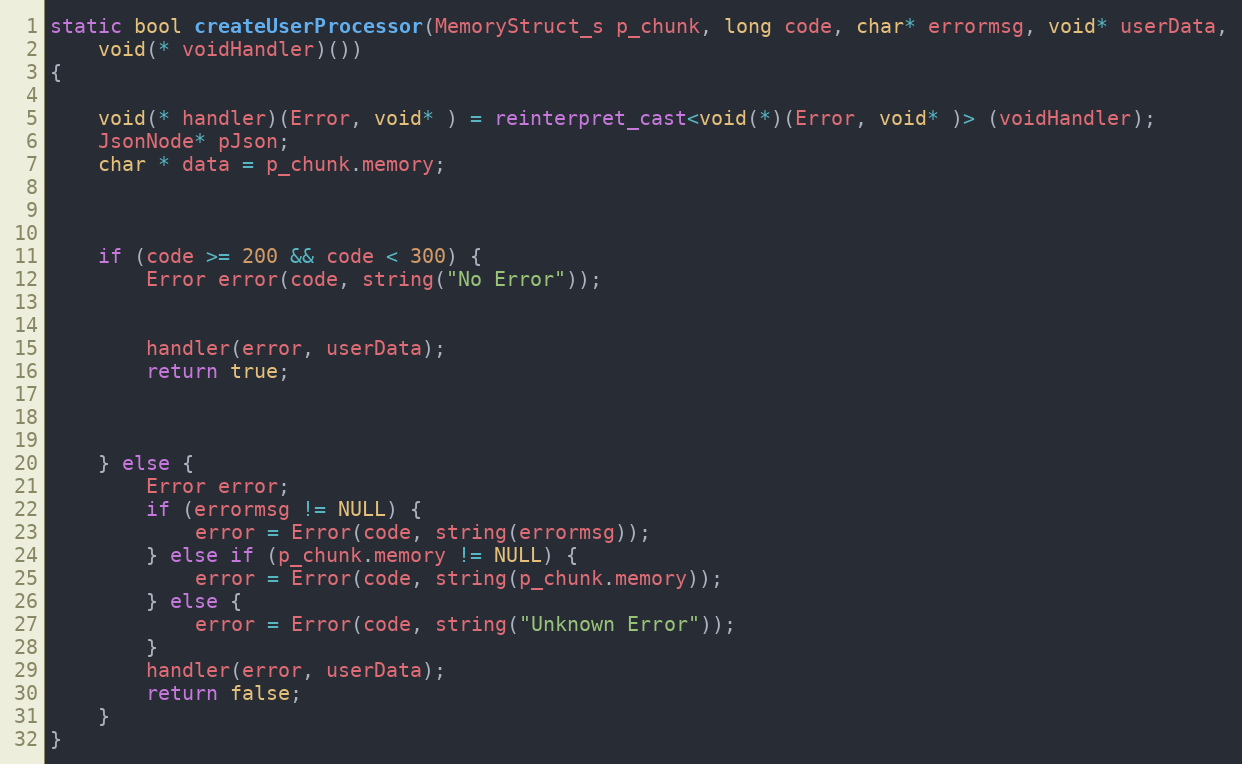
Language: C++
static bool createUserProcessor(MemoryStruct_s p_chunk, long code, char* errormsg, void* userData,
	void(* voidHandler)())
{

	void(* handler)(Error, void* ) = reinterpret_cast<void(*)(Error, void* )> (voidHandler);
	JsonNode* pJson;
	char * data = p_chunk.memory;

	if (code >= 200 && code < 300) {
		Error error(code, string("No Error"));

		handler(error, userData);
		return true;

	} else {
		Error error;
		if (errormsg != NULL) {
			error = Error(code, string(errormsg));
		} else if (p_chunk.memory != NULL) {
			error = Error(code, string(p_chunk.memory));
		} else {
			error = Error(code, string("Unknown Error"));
		}
		handler(error, userData);
		return false;
	}
}